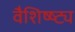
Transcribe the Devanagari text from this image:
वैशिष्ष्ट्य